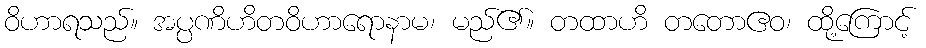
ဝိဟာရသည်။ အပ္ပဏိဟိတဝိဟာရောနာမ၊ မည်၏။ တထာဟိ တတောဧဝ၊ ထို့ကြောင့်